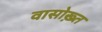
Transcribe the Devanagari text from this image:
वासोख़्त